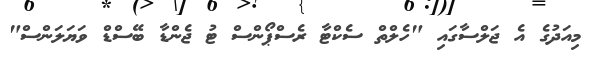
މިއަދުގެ އެ ޖަލްސާގައި "ހެލްތް ސެކްޓާ ރެސްޕޯންސް ޓު ޖެންޑާ ބޭސްޑް ވަޔަލަންސް"